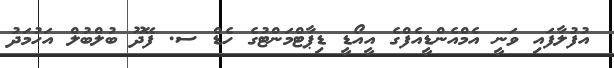
އުފުލާފައި ވަނީ އެމްއެންޑީއެފްގެ އީއޯޑީ ޑިޕާޓްމަންޓުގެ ހެޑް ސ. ފޭދޫ ބުލްބުލް އަހުމަދު